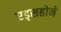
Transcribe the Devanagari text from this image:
एड्सहोने